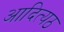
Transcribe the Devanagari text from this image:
आदित्यठ